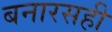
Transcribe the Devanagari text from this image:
बनारसही